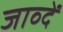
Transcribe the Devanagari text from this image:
जाव्दें